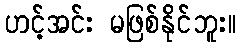
ဟင့်အင်း မဖြစ်နိုင်ဘူး။